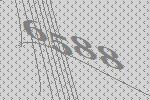
6588